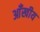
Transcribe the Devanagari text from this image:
आँखीय